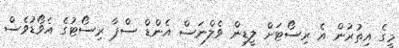
މީގެ އިތުރުން އެ ރިސޯޓަށް ލީޑިން ވެލްނަސް އެންޑް ސްޕާ ރިސޯޓުގެ އެވޯޑުވެސް